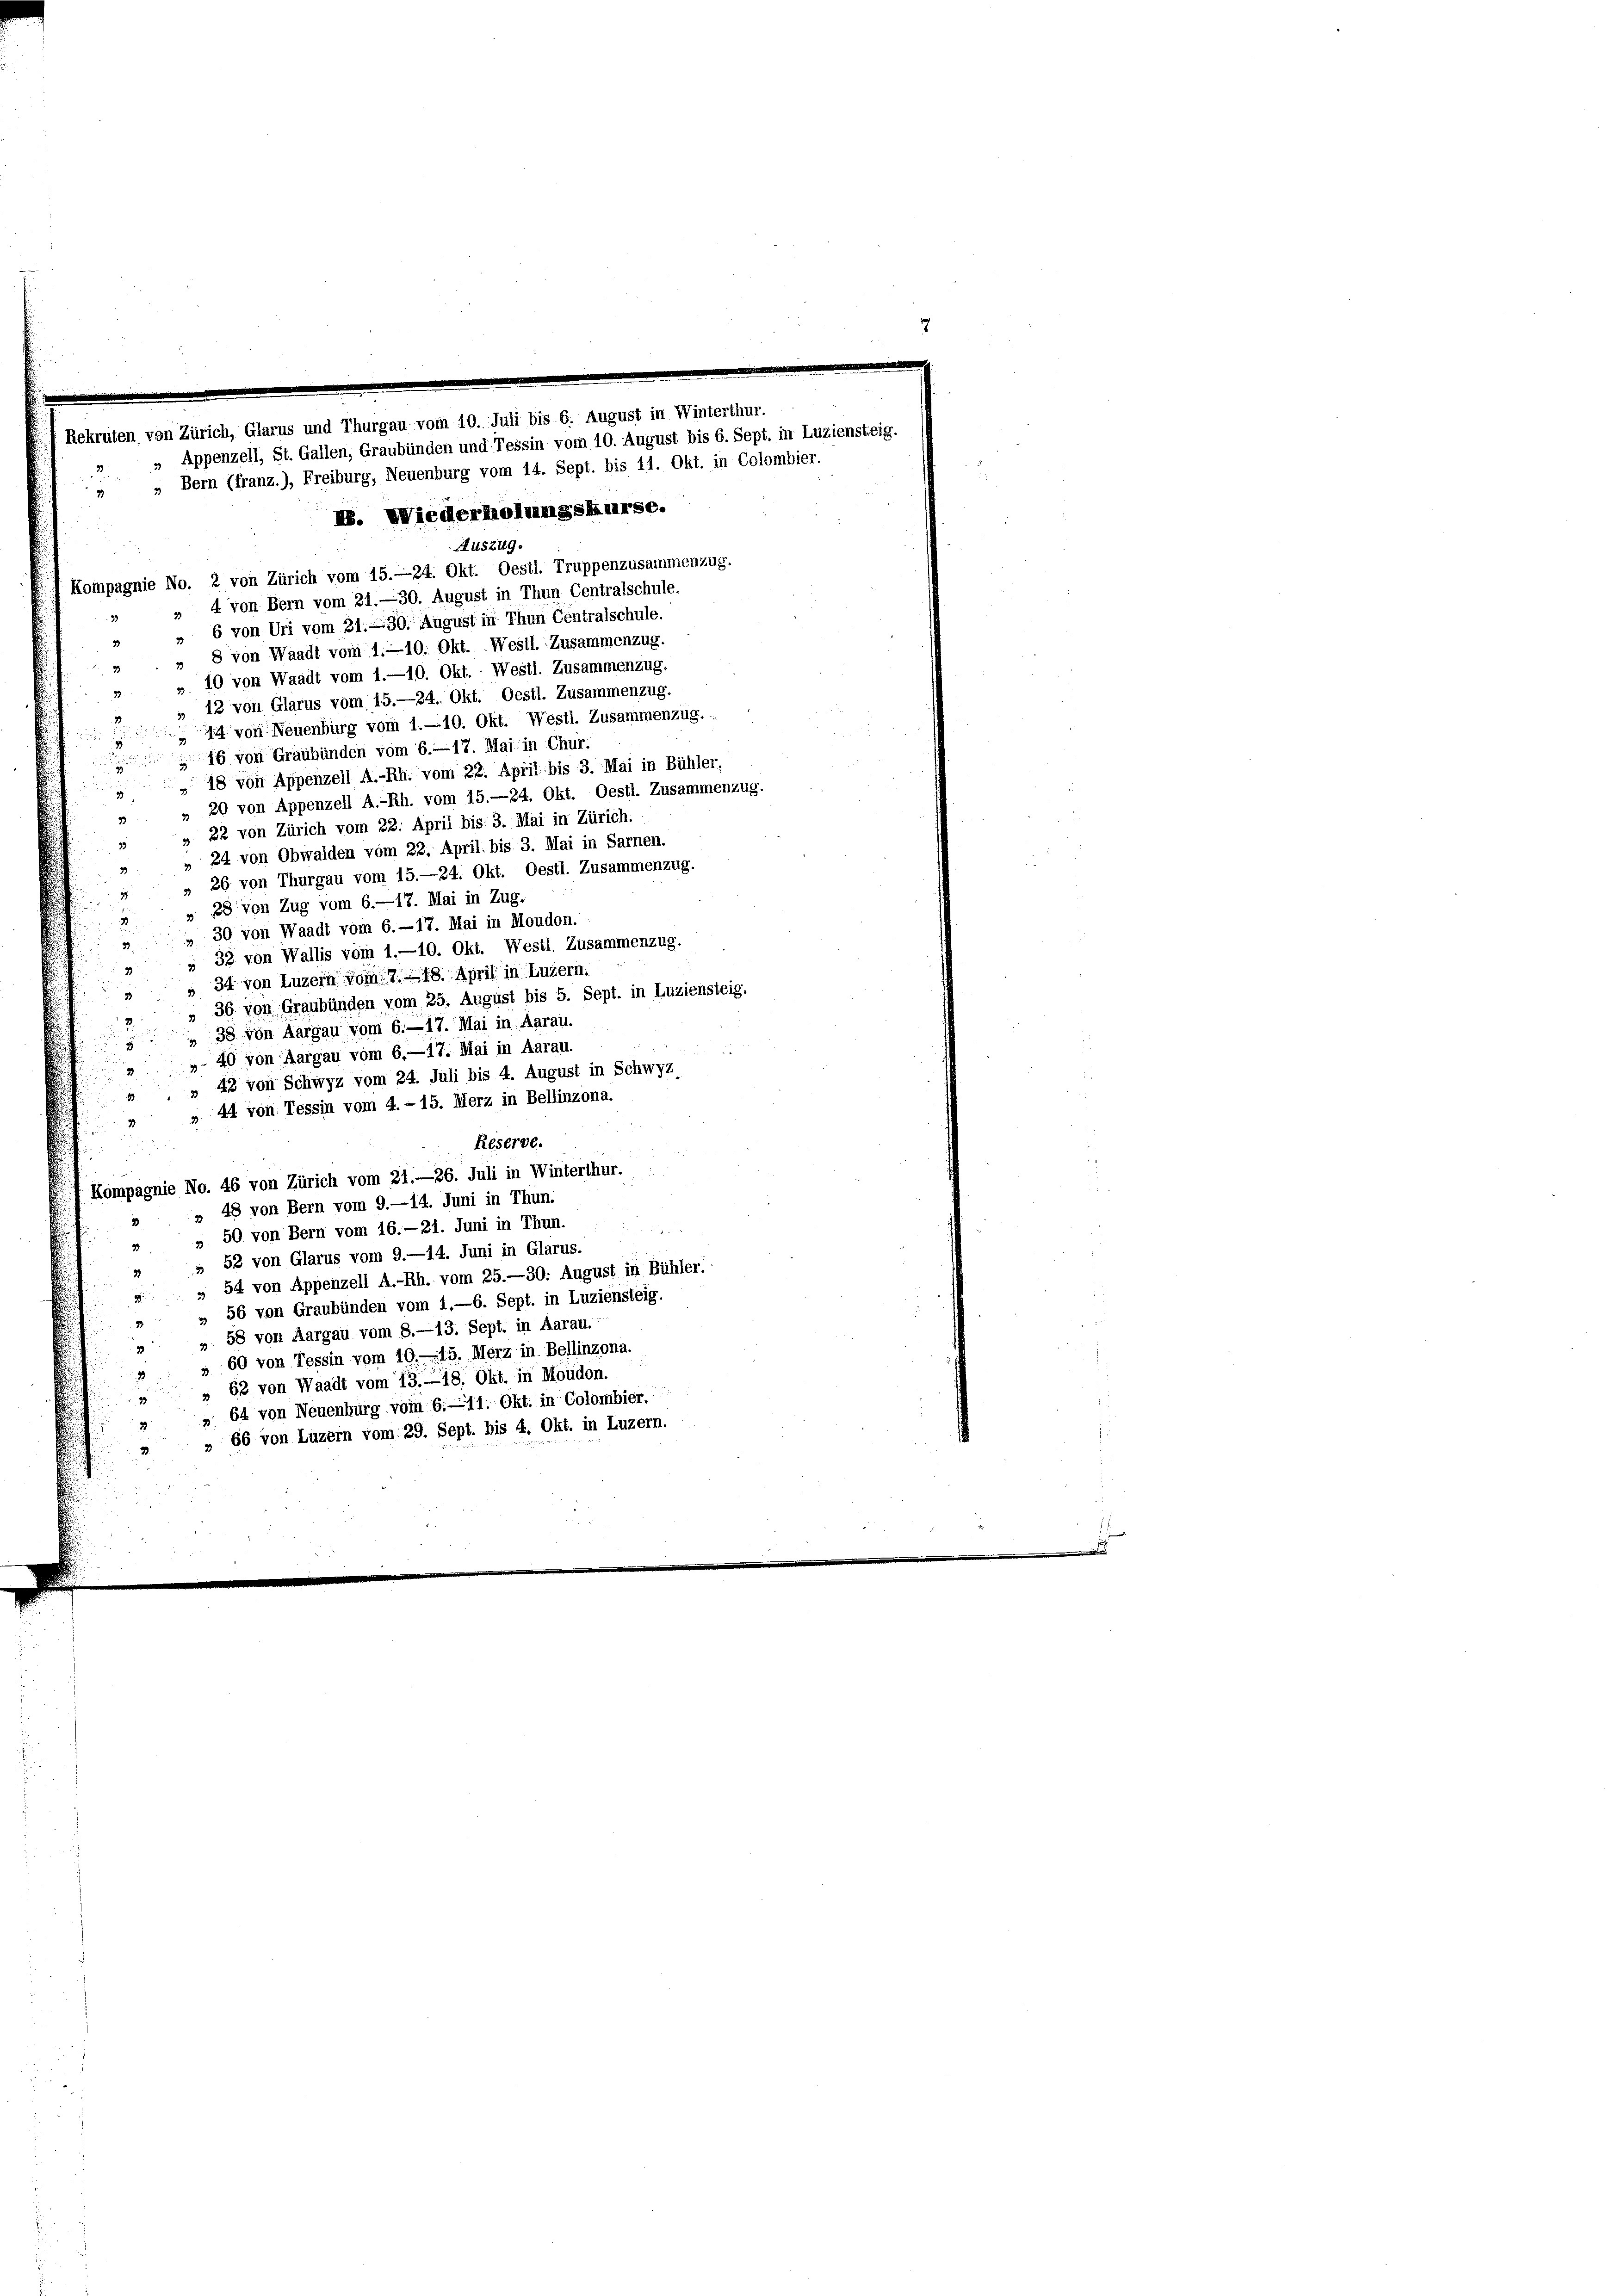
ekruten von Zürich, Glarus und Thurgau vom 10. Juli bis 6. August in Winterthur.
Appenzell, St. Gallen, Graubünden und Tessin vom 10. August bis 6. Sept. in Luzier
I. Wiederholungskurse.
Auszug.
Kompagnie No. 2 von Zürich vom 15.—24. Okt. Oestl. Truppenzusammenzug.
„ 4 von Bern vom 21.—30. August in Thun Centralschule.
„ 6 von Uri vom 21. 230. August in Thun Centralschule.
3
» 8 von Waadt vom 1.10. Okt. Westl. Zusammenzug.
3
» 10 von Waadt vom 1.—10. Okt. Westl. Zusammenzug.
33
12 von Glarus vom 15.—24. Okt. Oestl. Zusammenzug.
14 von Neuenburg vom 1.10. Okt. Westl. Zusammenzug.
dn de
.
1 von Graubünden vom 6. 17. Mai in Chur.
 18 von Appenzell A.-Rh. vom 22. April bis 3. Mai in Bühler,
1
„ 20 von Appenzell A.-Rh. vom 15.—24. Okt. Oestl. Zusammenzug.
33
» 22 von Zürich vom 22. April bis 3. Mai in Zürich.
29
» " 24 von Obwalden vom 22. April bis 3. Mai in Sarnen.

» „ Bern (franz.), Freiburg, Neuenburg vom 14. Sept. bis 11. Okt. in Colombier.

» 26 von Thurgau vom 15.—24. Okt. Oestl. Zusammenzug.
» 28 von Zug vom 6.—17. Mai in Zug,
 30 von Waadt vom 6.—17. Mai in Moudon.
3.
s 33 von Wallis vom 1.10. Okt. Westl. Zusammenzug.
20
" " 34 von Luzern vom 7. 18. April in Luzern.
36 von Graubünden vom 25. August bis 5. Sept. in Luziensteig.
 38 von Aargau vom 6.—17. Mai in Aarau.
„ 40 von Aargau vom 6.—17. Mai in Aarau.
43 von Schwyz vom 24. Juli bis 4. August in Schwyz,
» 44 von Tessin vom 4. - 15. Merz in Bellinzona.
33
Reserve.
Kompagnie No. 46 von Zürich vom 21.—26. Juli in Winterthur.
» 48 von Bern vom 9.—14. Juni in Thun.
3

» " 50 von Bern vom 16.—21. Juni in Thun.
»» 52 von Glarus vom 9.—14. Juni in Glarus.
» 54 von Appenzell A.-Rh. vom 25.—30: August in Bühler.
8
56 von Graubünden vom 1.—6. Sept. in Luziensteig.
58 von Aargau vom 8.—13. Sept. in Aarau.
3
» 60 von Tessin vom 10. 15. Merz in Bellinzona.
 62 von Waadt vom 13. —18. Okt. in Moudon.
2
» 64 von Neuenburg vom 6.11. Okt. in Colombier.
» 66 von Luzern vom 29. Sept. bis 4. Okt. in Luzern.
39